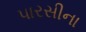
પારસીના